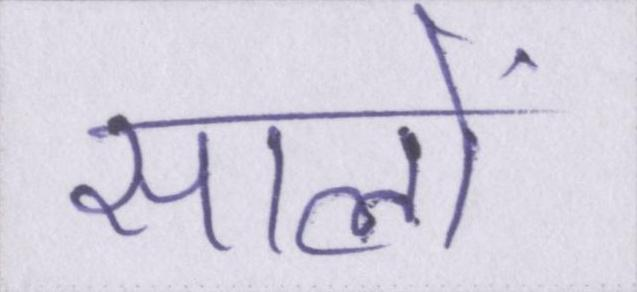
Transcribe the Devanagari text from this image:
सालों